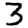
Digit: 3